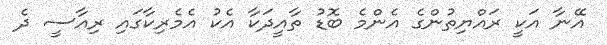
އޭނާ އަކީ ރައްޔިތުންގެ އެންމެ ބޮޑު ތާއީދަކާ އެކު އެމެރިކާގައި ރިއާސީ ދެ